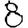
Digit: 8